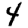
Digit: 4